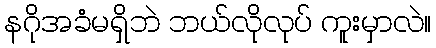
နဂိုအခံမရှိဘဲ ဘယ်လိုလုပ် ကူးမှာလဲ။